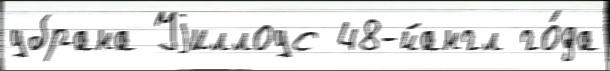
убрана Уjиллоус 48-йангл го́да